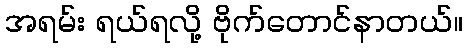
အရမ်း ရယ်ရလို့ ဗိုက်တောင်နာတယ်။